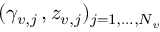
( \gamma _ { v , j } \, , z _ { v , j } ) _ { j = 1 , \dots , N _ { v } }